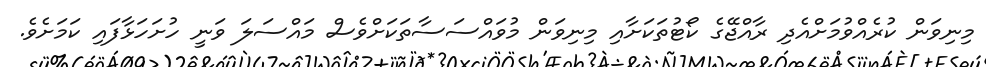
މިނިވަން ކުރެއްވުމަށްއެދި ރާއްޖޭގެ ކޯޓުތަކަށާއި މިނިވަން މުވައްސަސާތަކަށްވެސް މައްސަލަ ވަނީ ހުށަހަޅާފައި ކަަމަށެވެ.